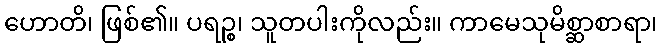
ဟောတိ၊ ဖြစ်၏။ ပရဉ္စ၊ သူတပါးကိုလည်း။ ကာမေသုမိစ္ဆာစာရာ၊